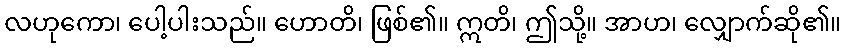
လဟုကော၊ ပေါ့ပါးသည်။ ဟောတိ၊ ဖြစ်၏။ ဣတိ၊ ဤသို့။ အာဟ၊ လျှောက်ဆို၏။